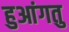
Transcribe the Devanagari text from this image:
हुआंगतु